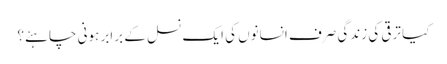
کیا ترقی کی زندگی صرف انسانوں کی ایک نسل کے برابر ہونی چاہئے؟